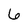
Character: 6